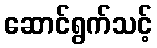
ဆောင်ရွက်သင့်